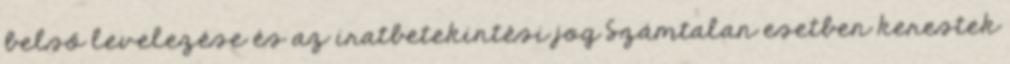
belső levelezése és az iratbetekintési jog Számtalan esetben kerestek